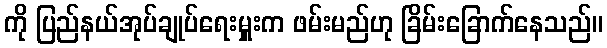
ကို ပြည်နယ်အုပ်ချုပ်ရေးမှူးက ဖမ်းမည်ဟု ခြိမ်းခြောက်နေသည်။